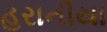
હરાનીયા